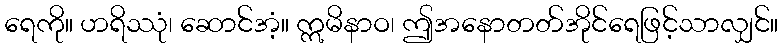
ရေကို။ ဟရိဿုံ၊ ဆောင်အံ့။ ဣမိနာဝ၊ ဤအနောတတ်အိုင်ရေဖြင့်သာလျှင်။